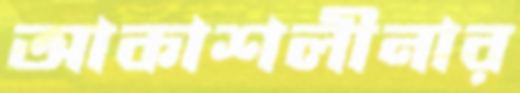
আকাশলীনার